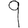
Digit: 9